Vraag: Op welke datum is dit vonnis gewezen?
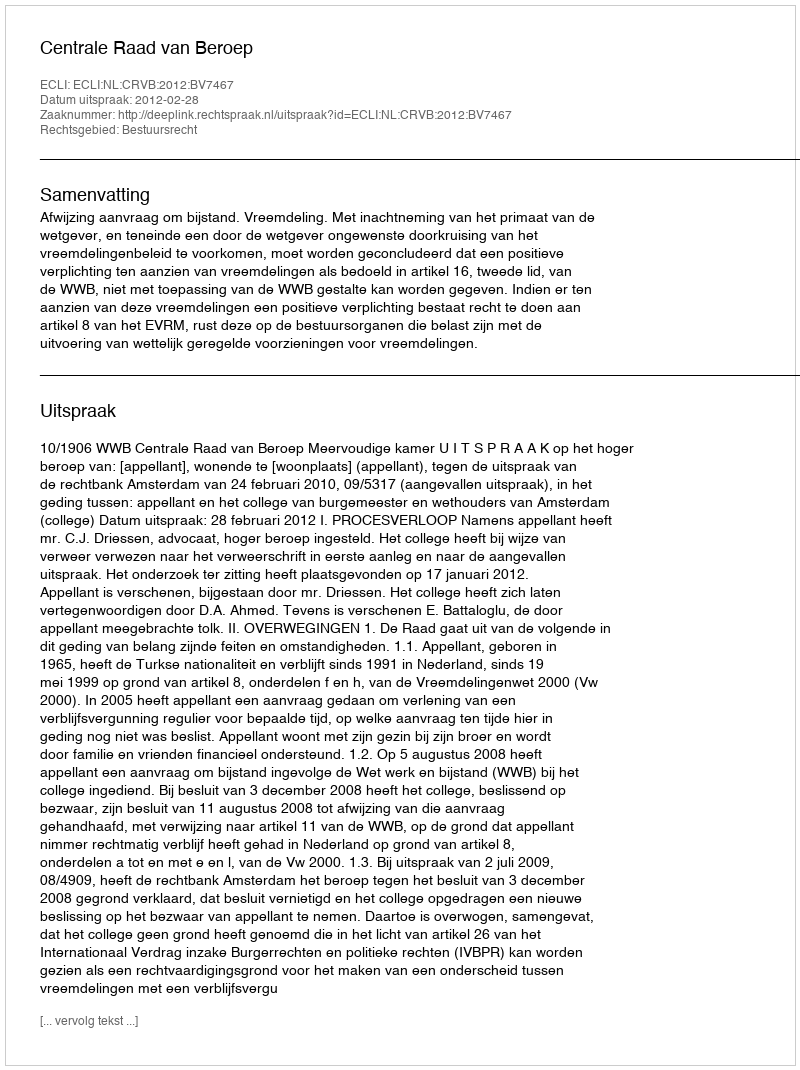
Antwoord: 2012-02-28